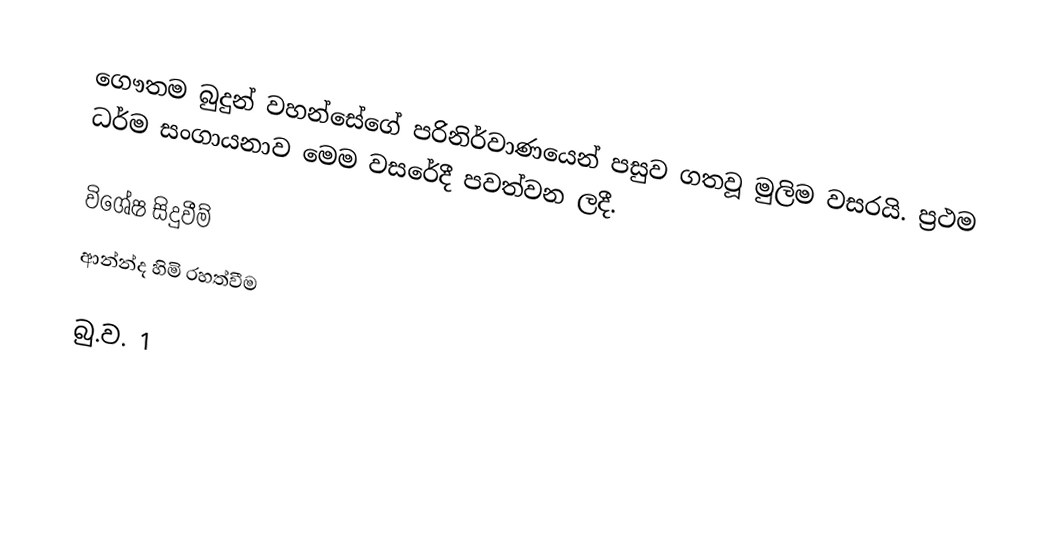
ගෞතම බුදුන් වහන්සේගේ පරිනිර්වාණයෙන් පසුව ගතවූ මුලිම වසරයි. ප්‍රථම ධර්ම සංගායනාව මෙම වසරේදී පවත්වන ලදී.

විශේෂ සිදුවීම්
 ආන්න්ද හිමි රහත්වීම

බු.ව. 1